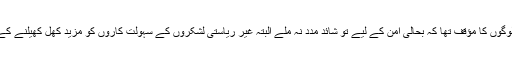
ماضی سے ڈسے ہوئے لوگوں کا مؤقف تھا کہ بحالی امن کے لیے تو شائد مدد نہ ملے البتہ غیر ریاستی لشکروں کے سہولت کاروں کو مزید کھل کھیلنے کے مواقع ضرور ملیں گے۔